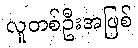
လူတစ်ဦးအဖြစ်